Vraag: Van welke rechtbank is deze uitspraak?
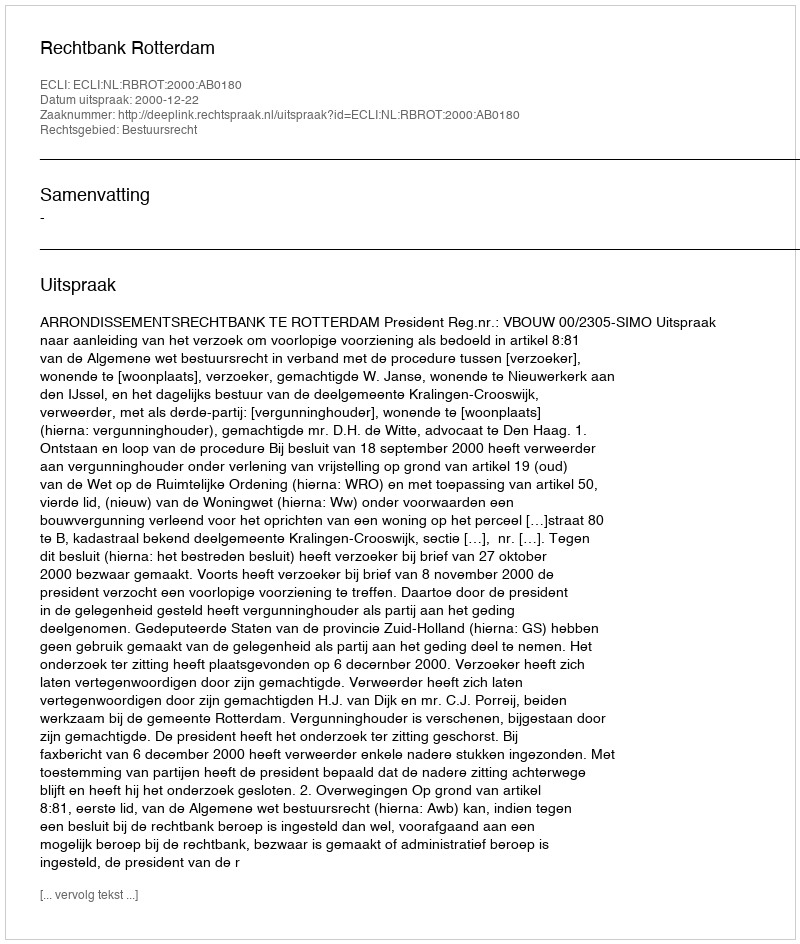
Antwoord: Rechtbank Rotterdam